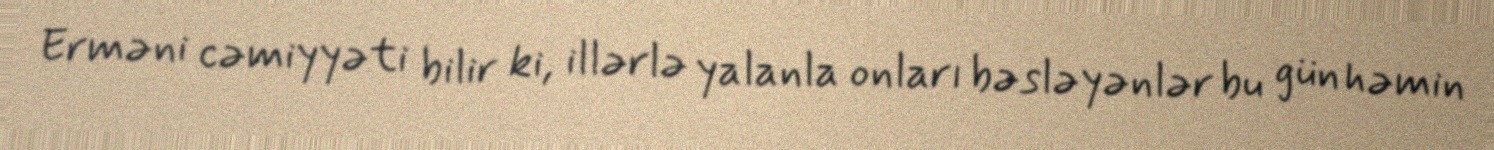
Erməni cəmiyyəti bilir ki, illərlə yalanla onları bəsləyənlər bu gün həmin